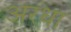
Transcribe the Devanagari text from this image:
अरधा